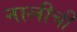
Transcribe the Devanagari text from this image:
नालीची